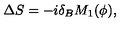
\Delta S = - i \delta _ { B } M _ { 1 } ( \phi ) ,